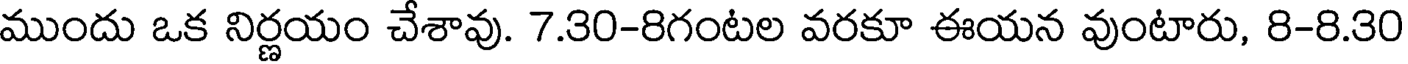
ముందు ఒక నిర్ణయం చేశావు. 7.30-8గంటల వరకూ ఈయన వుంటారు, 8-8.30